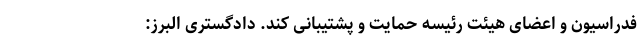
فدراسیون و اعضای هیئت رئیسه حمایت و پشتیبانی کند. دادگستری البرز: